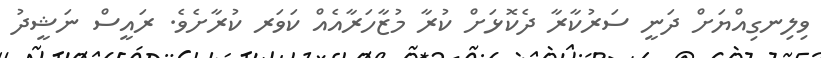
ވިލިނގިއްޔަށް ދަނީ ސަރުކާރާ ދެކޮޅަށް ކުރާ މުޒާހަރާއެއް ކަވަރ ކުރާށެވެ. ރައީސް ނަޝީދު